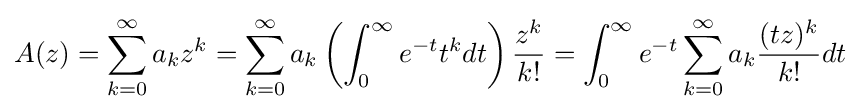
A(z)=\sum _{k=0}^{\infty }a_{k}z^{k}=\sum _{k=0}^{\infty }a_{k}\left(\int _{0}^{\infty }e^{-t}t^{k}dt\right){\frac {z^{k}}{k!}}=\int _{0}^{\infty }e^{-t}\sum _{k=0}^{\infty }a_{k}{\frac {(tz)^{k}}{k!}}dt